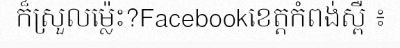
ក៏ស្រួលម្ល៉េះ?Facebookខេត្តកំពង់ស្ពឺ ៖